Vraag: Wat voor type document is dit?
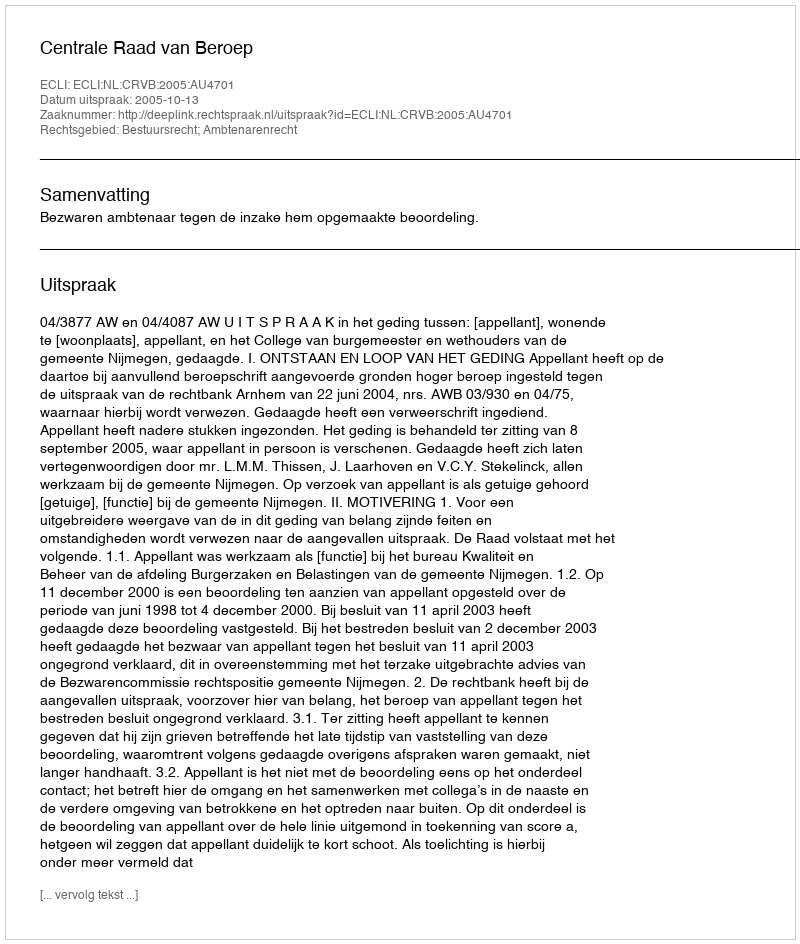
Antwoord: Uitspraak